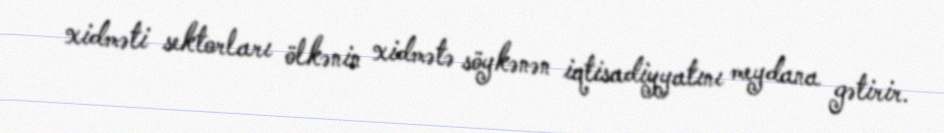
xidməti sektorları ölkənin xidmətə söykənən iqtisadiyyatını meydana gətirir.